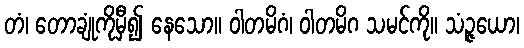
တံ၊ တောချုံကိုမှီ၍ နေသော။ ဝါတမိဂံ၊ ဝါတမိဂ သမင်ကို။ သံဉ္ဇယော၊